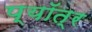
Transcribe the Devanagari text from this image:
प्यॉत्र